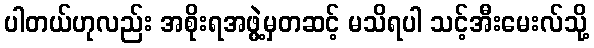
ပါတယ်ဟုလည်း အစိုးရအဖွဲ့မှတဆင့် မသိရပါ သင့်အီးမေးလ်သို့